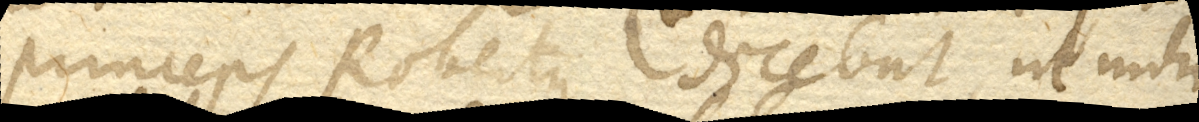
princeps Robertus dicebat, ut mihi